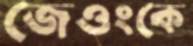
জেওংকে